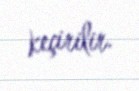
keçirilir.